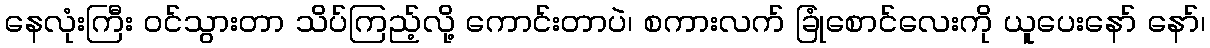
နေလုံးကြီး ဝင်သွားတာ သိပ်ကြည့်လို့ ကောင်းတာပဲ၊ စကားလက် ခြုံစောင်လေးကို ယူပေးနော် နော်၊